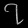
Digit: ၇